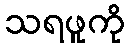
သရဖူကို